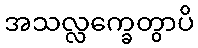
အသလ္လက္ခေတွာပိ